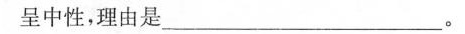
呈中性，理由是___。